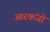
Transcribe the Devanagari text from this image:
आरकंजो